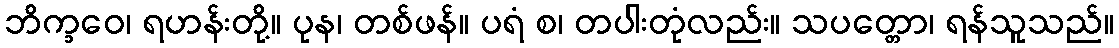
ဘိက္ခဝေ၊ ရဟန်းတို့။ ပုန၊ တစ်ဖန်။ ပရံ စ၊ တပါးတုံလည်း။ သပတ္တော၊ ရန်သူသည်။